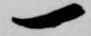
一